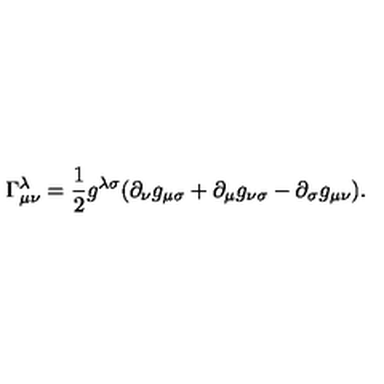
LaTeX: \Gamma _ { \mu \nu } ^ { \lambda } = \frac { 1 } { 2 } g ^ { \lambda \sigma } ( \partial _ { \nu } g _ { \mu \sigma } + \partial _ { \mu } g _ { \nu \sigma } - \partial _ { \sigma } g _ { \mu \nu } ) .